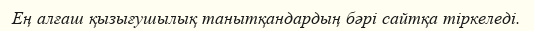
Ең алғаш қызығушылық танытқандардың бәрі сайтқа тіркеледі.